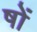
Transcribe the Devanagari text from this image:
षों